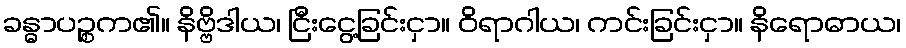
ခန္ဓာပဉ္စက၏။ နိဗ္ဗိဒါယ၊ ငြီးငွေ့ခြင်းငှာ။ ဝိရာဂါယ၊ ကင်းခြင်းငှာ။ နိရောဓာယ၊